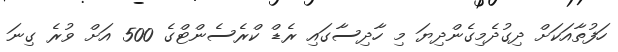
ހަފުތާއަކަށް ދިގުދެމިގެންދިޔަ މި ހާދިސާގައި ރެޑް ކްރެސެންޓްގެ 500 އަށް ވުރެ ގިނަ